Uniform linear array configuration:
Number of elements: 12
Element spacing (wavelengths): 0.75
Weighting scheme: blackman
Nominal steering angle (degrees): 30
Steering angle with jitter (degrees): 28.791
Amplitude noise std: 0.05
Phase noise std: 0.05

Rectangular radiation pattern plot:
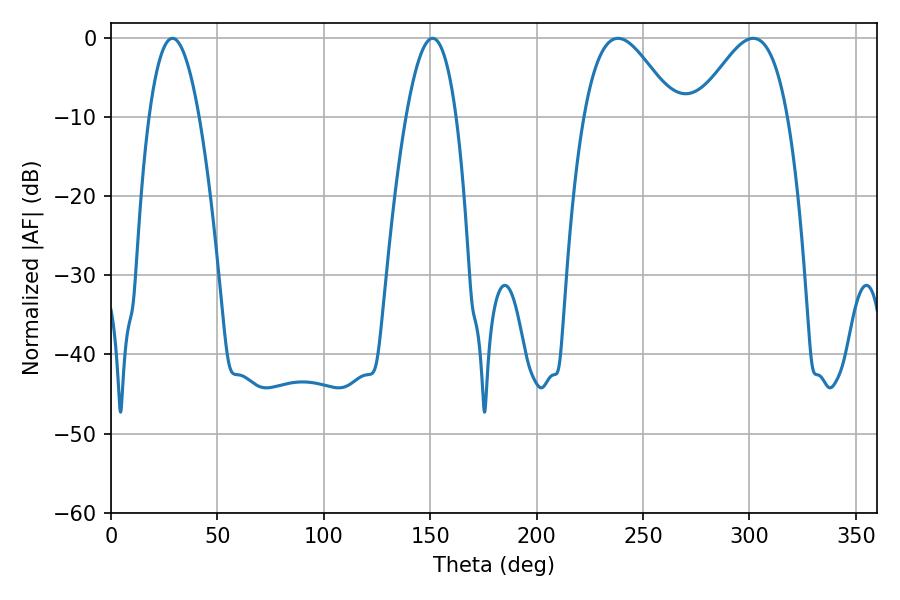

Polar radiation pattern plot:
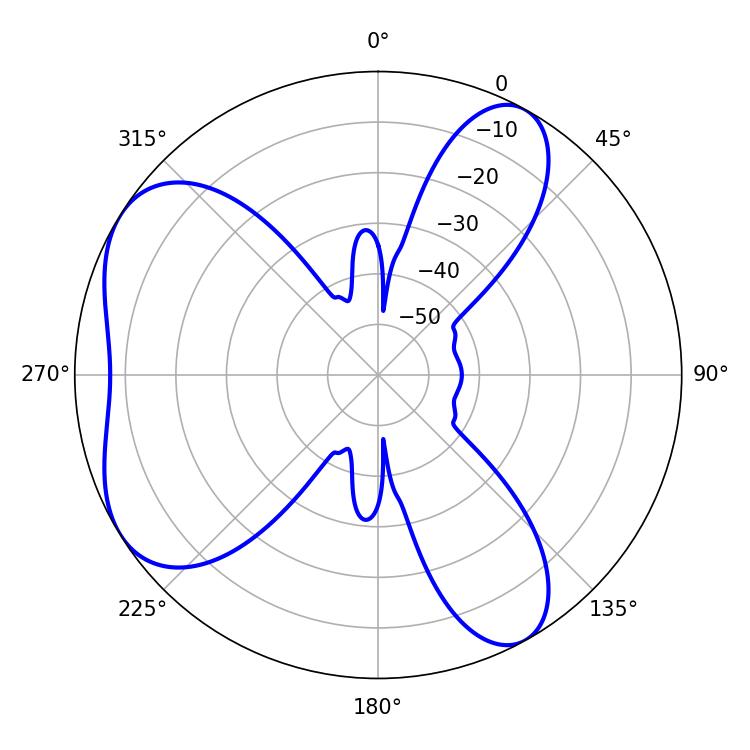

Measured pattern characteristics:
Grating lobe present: TRUE
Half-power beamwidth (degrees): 23.04
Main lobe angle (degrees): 238.32